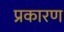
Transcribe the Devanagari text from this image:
प्रकारण